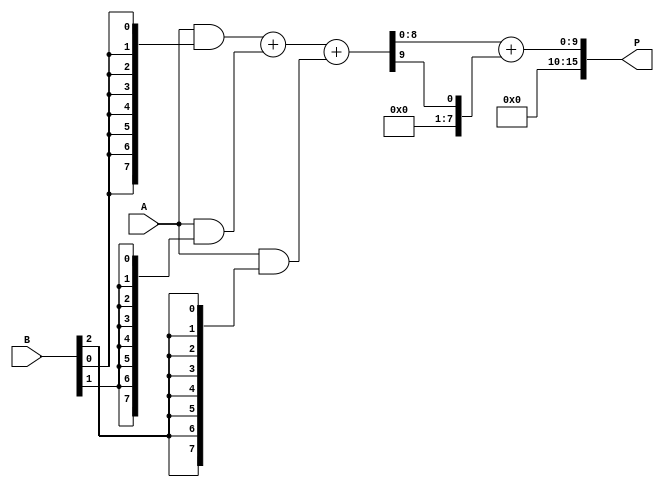
module wallace_tree_multiplier #(parameter N = 8) (
    input [N-1:0] A,
    input [N-1:0] B,
    output reg [2*N-1:0] P
);

// Generate Partial Products
wire [N-1:0] pp[N-1:0]; // Partial products
genvar i, j;
generate
    for (i = 0; i < N; i = i + 1) begin : partial_product_gen
        assign pp[i] = A & {N{B[i]}};
    end
endgenerate

// Wallace Tree Reduction
wire [N:0] sum[N-1:0]; // Sum outputs
wire [N-1:0] carry[N-1:0]; // Carry outputs
wire [N-1:0] final_sum, final_carry;

// Stage 1: Grouping three partial products
genvar stage;
generate
    for (stage = 0; stage < N; stage = stage + 1) begin : reduction_stage
        if (stage % 3 == 0) begin
            if (stage + 2 < N) begin
                // Use full adders for three inputs
                wire [N-1:0] a = pp[stage];
                wire [N-1:0] b = pp[stage + 1];
                wire [N-1:0] c = pp[stage + 2];
                wire [N:0] sum_temp;
                wire [N-1:0] carry_temp;
                assign {carry_temp, sum_temp} = a + b + c;
                assign sum[stage/3] = sum_temp;
                assign carry[stage/3] = carry_temp;
            end else if (stage + 1 < N) begin
                // Use half adder for two inputs
                wire [N-1:0] a = pp[stage];
                wire [N-1:0] b = pp[stage + 1];
                assign sum[stage/3] = a + b;
                assign carry[stage/3] = 0; // No carry
            end else begin
                // Only one partial product left
                assign sum[stage/3] = pp[stage];
                assign carry[stage/3] = 0; // No carry
            end
        end
    end
endgenerate

// Final Addition
assign {final_carry, final_sum} = sum[0] + carry[0];

// Output the final product
always @(*) begin
    P = {final_carry, final_sum};
end

endmodule